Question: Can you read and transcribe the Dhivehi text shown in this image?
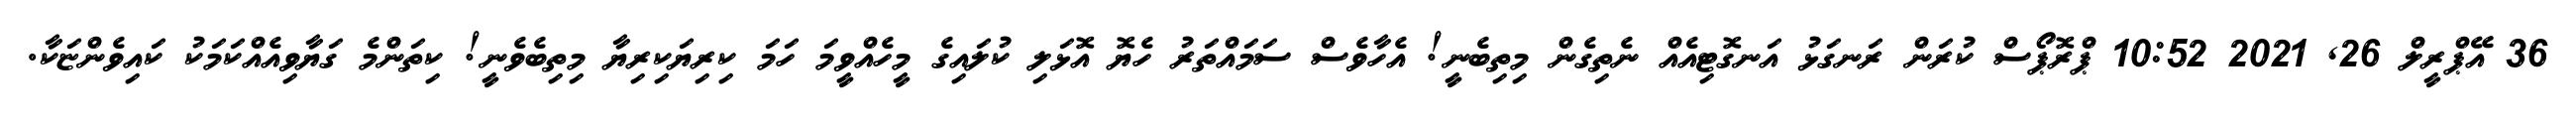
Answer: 36 އޭޕްރީލް 26, 2021 10:52 ޕްރޮޕޯސް ކުރަން ރަނގަޅު އަނގޮޓިއެއް ނެތިގެން މިތިބެނީ! އެހާވެސް ސަމައްތަރު ހެޔޮ އޮޅަލި ކުލައިގެ މީހެއްވީމަ ހަމަ ކިރިޔަކިރިޔާ މިތިބެވެނީ! ކިތަންމެ ގަޔާވިއެއްކަމަކު ކައިވެންޏަކާ.